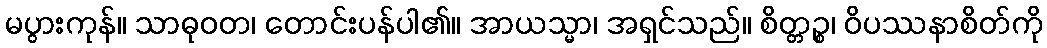
မပွားကုန်။ သာဓုဝတ၊ တောင်းပန်ပါ၏။ အာယသ္မာ၊ အရှင်သည်။ စိတ္တဉ္စ၊ ဝိပဿနာစိတ်ကို